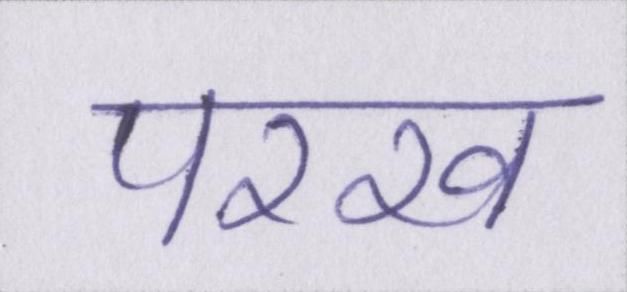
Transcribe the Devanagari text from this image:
परख